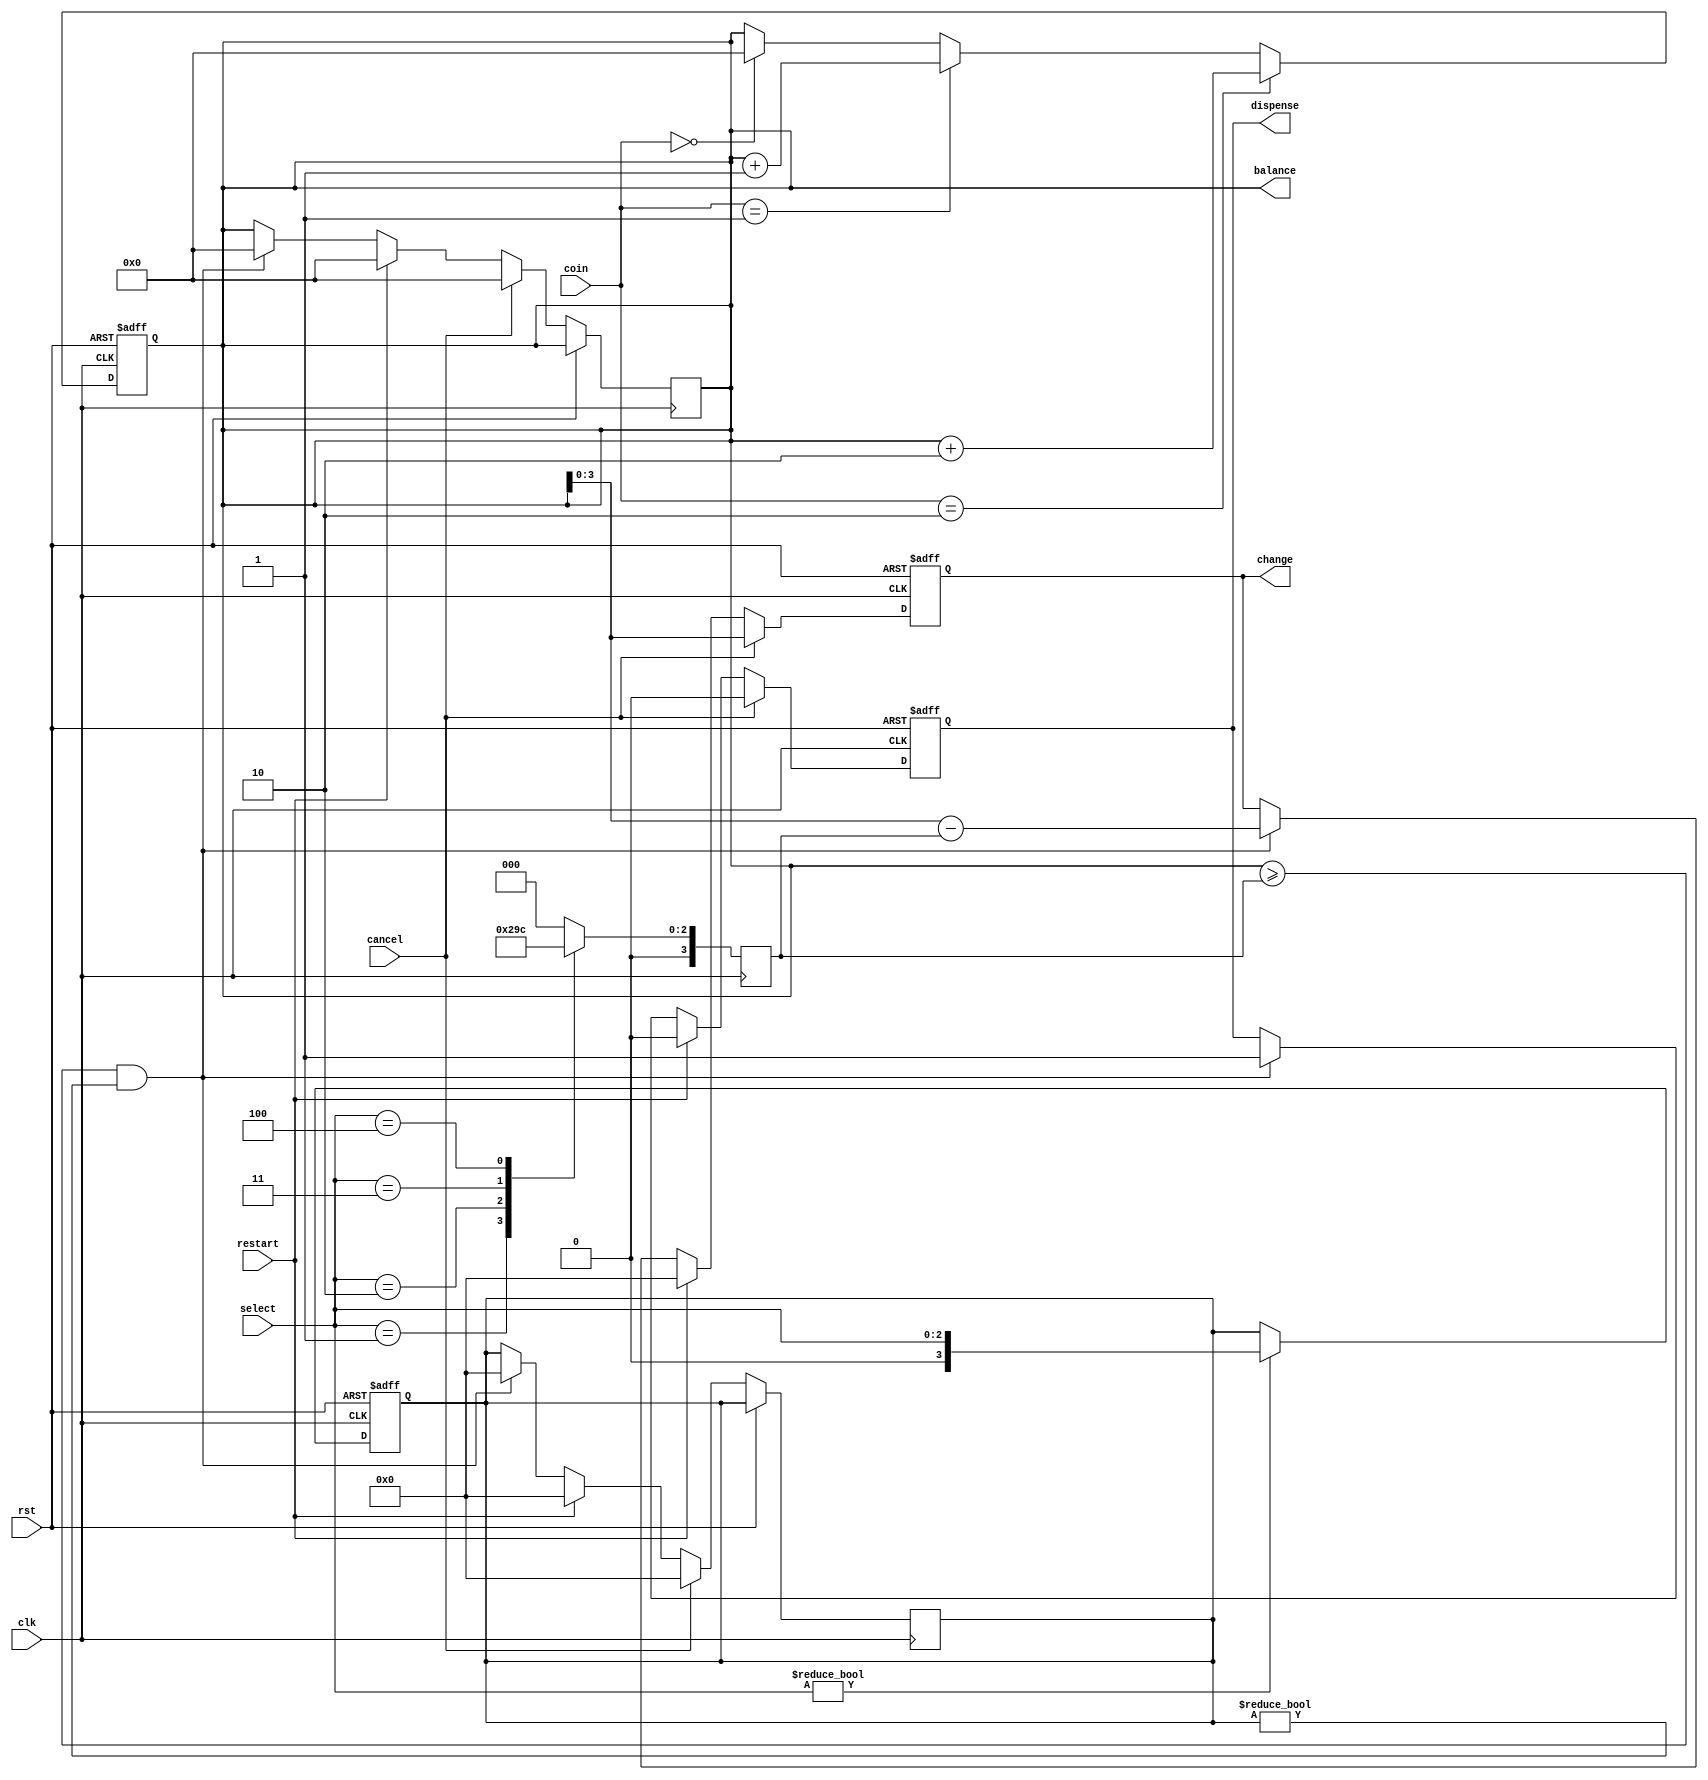
module vending(clk,rst,coin,cancel,restart,select,dispense,change,balance);
    input wire clk;          
    input wire rst;       
    input wire [1:0] coin;   // 10 - 10rs Coin ;  01 - 5rs Coin
    input wire cancel;   // Cancel button input
    input wire restart;  // Restart button input
  input wire [2:0] select; // 00-A(5rs) ; 01-B(10rs); 10-C(15rs); 11-D(20rs)
    output reg dispense;    // Dispense signal (product dispensed)
    output reg [3:0] change; // Change (2 bits for 4 products)
	output reg [4:0] balance;
    reg [3:0] prices;
    parameter PRICE_A = 3'b001;
    parameter PRICE_B = 3'b010;
    parameter PRICE_C = 3'b011;
    parameter PRICE_D = 3'b100;

    always @(posedge clk) begin
        case(select)
            3'b001: prices = PRICE_A;
            3'b010: prices = PRICE_B;
            3'b011: prices = PRICE_C;
            3'b100: prices = PRICE_D;
            default: prices = 4'b0000;
        endcase
    end
	 
    
    reg [3:0] product_selected;

    always @(posedge clk or posedge rst) begin
      if (rst) begin
            balance <= 3'b000;
        end else if (coin == 2'b10) begin // 10rs
            balance <= balance + 3'b010;
        end else if (coin == 2'b01) begin //  5rs
            balance <= balance + 3'b001;
        end else if (coin == 2'b00) begin //  5rs
            balance <= 3'b000;
        end
    end

    always @(posedge clk or posedge rst) begin
        if (rst) begin
            product_selected <= 4'b0000;
        end else if (select != 4'b0000) begin
            product_selected <= select;
        end
    end

    always @(posedge clk or posedge rst) begin
        if (rst) begin
            dispense <= 0;
            change <= 4'b0000;
        end 
		  else if (cancel) begin
            dispense <= 0;
            change <= balance;
            balance <= 1'b0;
            product_selected <= 4'b0000;
        end 
      else if (restart) begin
            dispense <= 0;
            change <= 3'b00;
            balance <= 1'b0;
            product_selected <= 4'b0000;
        end 
		  else if (balance >= prices && product_selected != 4'b0000) begin
            dispense <= 1;
            change <= balance - prices;
            balance <= 'b0;
            product_selected <= 4'b0000;
        
        end
    end

endmodule